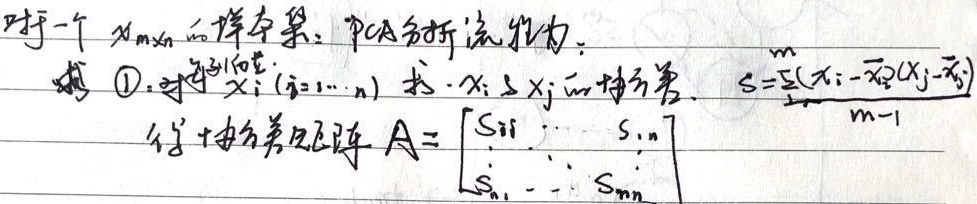
对于一个 \(X_{m\times n}\) 的样本集，PCA分析流程为：
\textcircled{1}. 对于 \(x_{i}(i = 1,\cdots,n)\) 求 \(x_{i}\) 与 \(x_{j}\) 的协方差，\(s=\frac{\sum_{k = 1}^{m}(x_{ik}-\overline{x}_i)(x_{jk}-\overline{x}_j)}{m - 1}\)，得到协方差矩阵 \(A=\begin{bmatrix}s_{11}&\cdots&s_{1n}\\\vdots&\ddots&\vdots\\s_{n1}&\cdots&s_{nn}\end{bmatrix}\) 。